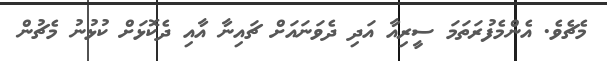
މެޗެވެ. އެންމެފުރަތަމަ ސީރިއާ އަދި ދެވަނައަށް ޗައިނާ އާއި ދެކޮޅަށް ކުޅުނު މެޗުން